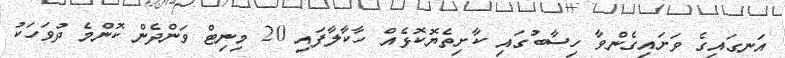
އަނގައިގެ ވަށައިގެންވާ ހިސާބުގައި ކާށިތެޔޮކޮޅެއް ހާކާލާފައި 20 މިނިޓް ވަންދެން ކޮންމެ ދުވަހަކު